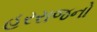
હરરાજનો